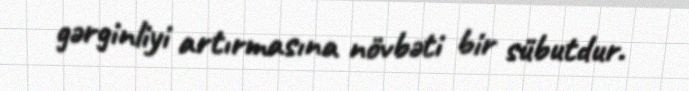
gərginliyi artırmasına növbəti bir sübutdur.